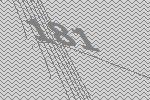
181